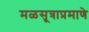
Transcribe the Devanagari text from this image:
मळसूत्राप्रमाणे